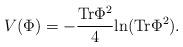
LaTeX: \begin{align*}V(\Phi) = -{{\rm Tr}\Phi^2\over 4} {\rm ln}( {\rm Tr}\Phi^2).\end{align*}